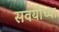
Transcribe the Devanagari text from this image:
सवयीच्या